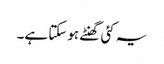
یہ کئی گھنٹے ہوسکتا ہے۔